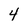
Character: 4